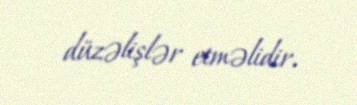
düzəlişlər etməlidir.